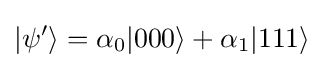
\vert \psi '\rangle =\alpha _{0}\vert 000\rangle +\alpha _{1}\vert 111\rangle